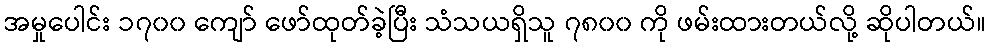
အမှုပေါင်း ၁၇၀၀ ကျော် ဖော်ထုတ်ခဲ့ပြီး သံသယရှိသူ ၇၈၀၀ ကို ဖမ်းထားတယ်လို့ ဆိုပါတယ်။